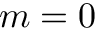
m = 0